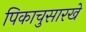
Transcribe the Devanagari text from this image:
पिकाचुसारखे